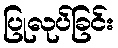
ပြုလုပ်ခြင်း